King Institute of Preventive Medicine Bacteriolog. Section reports 1907-08
Year: 1907
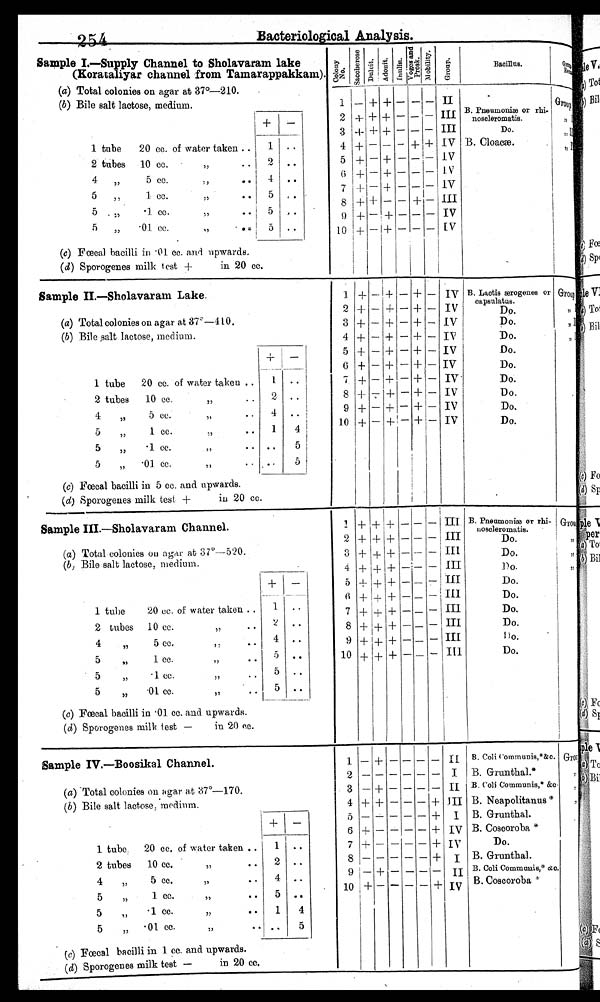
254
Bacteriological Analysis.
Sample I.—Supply Channel to Sholavaram lake
(Korataliyar channel from Tamarappakkam). -
(a) Total colonies on agar at 37°-2I0.
(b) Bile salt lactose, medium.
+
- II Group.
1 tube
20 cc. of water taken .
1 • •
4 +
2 tubes
10 cc.
2
..
4
„
5 cc.
,,
..
4
. .
0
1 cc.
,,
.. 5 .. .
5
'1 cc.
:
5 . .
5
„
•01 cc.
,,
5 ..
(c) Fœcal bacilli in • 01 cc. and upwards.
(d) Sporogenes milk test -I-
in 20 cc.
c o l o n y
N o .
s a c c h e r o s e .
Dulcit.
Adoni t .
I n u l i n .
V o g e s a n d p r o s k .
Mobility.
G r u o p .
Bacillus.
G r o u p
—
—
—
+
— — — + —
—
—
—
+
— — — — — —
I I
I I I
I I I
I V
I V
I V
I V
I I I
I V
I V
I I I
B. Pneumoniæ or rhi-
1
2
3
4 5 6 7 8 9 1 0
— + + + + + + + + +
+
+
+
—
— — — + — —
+ + + — + + + — + +
— — — — — — — — — —
Sample II—Sholavaram Lake.
Group
(a) Total colonies on agar at 37° —410.
Do.
(b) Bile salt lactose, medium.
+ -
1 tube
20 cc. of water taken .
1 • •
4 +
2 tubes
10 cc.
2
..
4 ,, 5 cc. ,, .. 4
..
5 1 cc.
,,
.. 1 4
.
5 '1 cc. :
5 5
5 „ •01 cc. ,, 5 ..
+
+
Do.
(c) Fœcal bacilli in 5 cc. and upwards.
(d) Sporogenes milk test +
in 20 cc.
1
2
3
4
5
6 7 8 9 1 0
+
+
+
+
+
+ + + +
+
—
—
—
—
—
— — — — —
+ + + + + + + + + +
—
—
—
—
—
— — — — —
+ + + + + + + + + +
— — — — — + — — — —
I V
I V
I V
I V
I V
I V
I V
I V
I V
I V
Sample III.—Sholavaram Channel.
III B. Pneumoniæ or rhi- G r o u p
(a) Total colonies on agar at 31°-520.
3 +
Do.
(b, Bile salt lactose, medium.
+ -
1 tube
20 cc. of water taken .
1 • •
4 +
2 tubes
10 cc.
2
..
4
5 cc.
,,
4
..
5 1 cc.
,,
.. 5 ..
.
5 '1 cc.
,,
5 . .
5
„
•01 cc.
,,
5 ..
(c) Fœcal bacilli in • 01. cc. and upwards.
(d) Sporogenes milk test —
in 20 cc.
1 2 3 4 5 6 7 8 9 1 0
+
+
+
+
+ + + + + +
+ + + + + + + + + +
+
+
+
+
+ + + + + + — — — — — — — — —
—
—
—
—
— — — — — — —
— — — — — — — — —
—
I I
I I I
I I I
I I V
I V
I I I
I V
noscleromatis.
s a mp l e I V. —B o o s i k a l C h a n n e l .
( a ) T o t a l c o l o n i e s o n a g a r a t 3 7°—5 2 0 .
( b ) B i l e s a l t l a c t o s e , m e d i u m . + -
1 tube
20 cc. of water taken .
1 • •
4 +
2 tubes
10 cc.
2
. .
4
5 cc.
4
. .
5
1
c c . , , . .
5
. .
.
5
' 1
c c .
1
4
5
„
•01 cc. , , . . 5
(c) Foecal bacilli in 1 cc. and upwards.
(d) Sporogenes milk test —
in 20 cc.
1
2
3
4
5
6 7 8 9 1 0
+
+
—
+
+
+ + + +
+
+
—
—
+
+ — — — —
—
—
—
—
—
— — — — —
— — — — — — — — — —
—
—
—
—
— — — — — —
— — — + + + + + — +
I I I
I I I
I I V
I I I
I I I
I V
I V
I V
I V